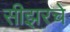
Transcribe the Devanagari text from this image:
सीझरचे